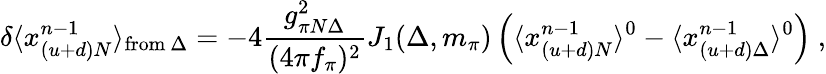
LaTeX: \delta\langle x_{(u+d)N}^{n-1}\rangle_{\mathrm{from}~\Delta}=-4{\frac{g_{\pi N\Delta}^{2}}{(4\pi f_{\pi})^{2}}}J_{1}(\Delta,m_{\pi})\left(\langle x_{(u+d)N}^{n-1}\rangle^{0}-\langle x_{(u+d)\Delta}^{n-1}\rangle^{0}\right)\ ,